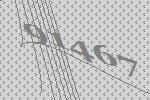
91467